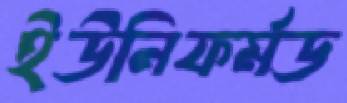
ইউনিফর্মড